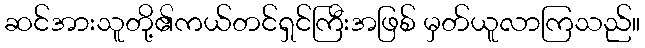
ဆင်အားသူတို့၏ကယ်တင်ရှင်ကြီးအဖြစ် မှတ်ယူလာကြသည်။